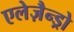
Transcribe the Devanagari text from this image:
एलेज़ैन्ड्रो